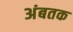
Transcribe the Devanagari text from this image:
अंबतक